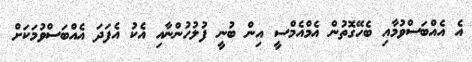
އެ އެއްބަސްވުމާއި ބެހޭގޮތުން އެމްއެމްސީ އިން ބުނީ ފުލުހުންނާއި އެކު އެފަދަ އެއްބަސްވުމަކަށް